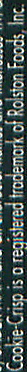
Cookie-Crisp is a registered frademork of Rolsion Foods. Inc.